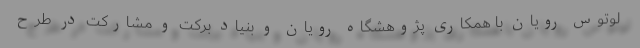
لوتوس رویان با همکاری پژوهشگاه رویان و بنیاد برکت و مشارکت در طرح